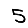
Digit: 5